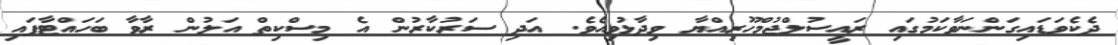
ދެކެވަޑައިގަންނަވާކަމުގައި ރައީސުލްޖުމްހޫރިއްޔާ ވިދާޅުވިއެވެ. އަދި ސަރުކާރުން އެ މިސްކިތް އަލުން ރާވާ ބަހައްޓާފައި